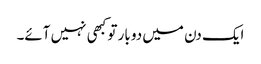
ایک دن میں دو بار تو کبھی نہیں آئے۔